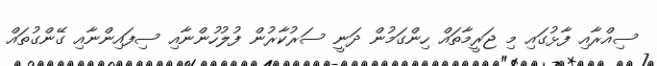
ސިއްރާއި ފާޅުގައި މި ޖަރީމާތައް ހިންގަމުން ދަނީ ސަރުކާރުން ފުލުހުންނާއި ސިފައިންނާއި ގޭންގުތައް